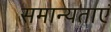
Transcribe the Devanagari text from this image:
समान्यताएं